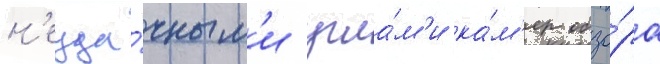
н'еуда́чным'и угла́м'и ка́м'ер обзо́ра